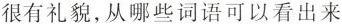
很有礼貌，从哪些词语可以看出来